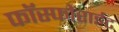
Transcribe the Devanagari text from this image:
फॉस्फोराईट